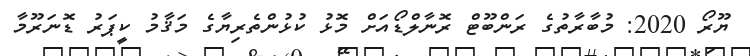
ޔޫރޯ 2020: މުބާރާތުގެ ރަންބޫޓް ރޮނާލްޑޯއަށް މޮޅު ކުޅުންތެރިޔާގެ މަޤާމު ކީޕަރު ޑޮނަރޫމާ